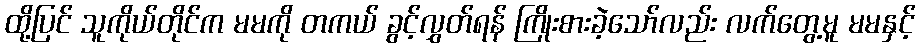
ထို့ပြင် သူကိုယ်တိုင်က မမကို တကယ် ခွင့်လွှတ်ရန် ကြိုးစားခဲ့သော်လည်း လက်တွေ့မူ မမနှင့်